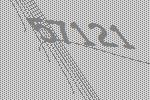
57121